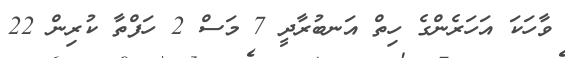
ވާހަކަ އަހަރެންގެ ހިތް އަނބުރާދީ 7 މަސް 2 ހަފްތާ ކުރިން 22